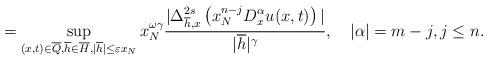
LaTeX: \begin{align*}=\sup_{(x,t)\in\overline{Q},\overline{h}\in\overline{H},|\overline{h}|\leq\varepsilon x_{N}}x_{N}^{\omega\gamma}\frac{|\Delta_{\overline{h},x}^{2s}\left( x_{N}^{n-j}D_{x}^{\alpha}u(x,t)\right) |}{|\overline{h}|^{\gamma}},\quad|\alpha|=m-j,j\leq n. \end{align*}